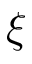
\xi